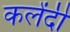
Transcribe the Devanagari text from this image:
कलेंदी